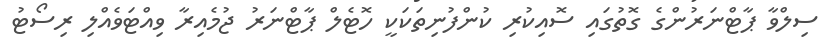
ސިލްވާ ޕާޓްނަރުންގެ ގޮތުގައި ސޮއިކުރި ކުންފުނިތަކަކީ ހޮޓެލް ޕާޓްނަރު ޖުމެއިރާ ވިއްޓަވެއްލި ރިސޯޓު